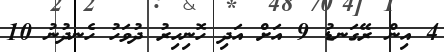
4 އިން ރޭގަނޑު 9 އަށް އަދި ހޮނިހިރު ދުވަހު ހެނދުނު 10